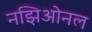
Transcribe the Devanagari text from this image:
नझिओनल